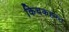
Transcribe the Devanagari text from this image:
किचकहस्त